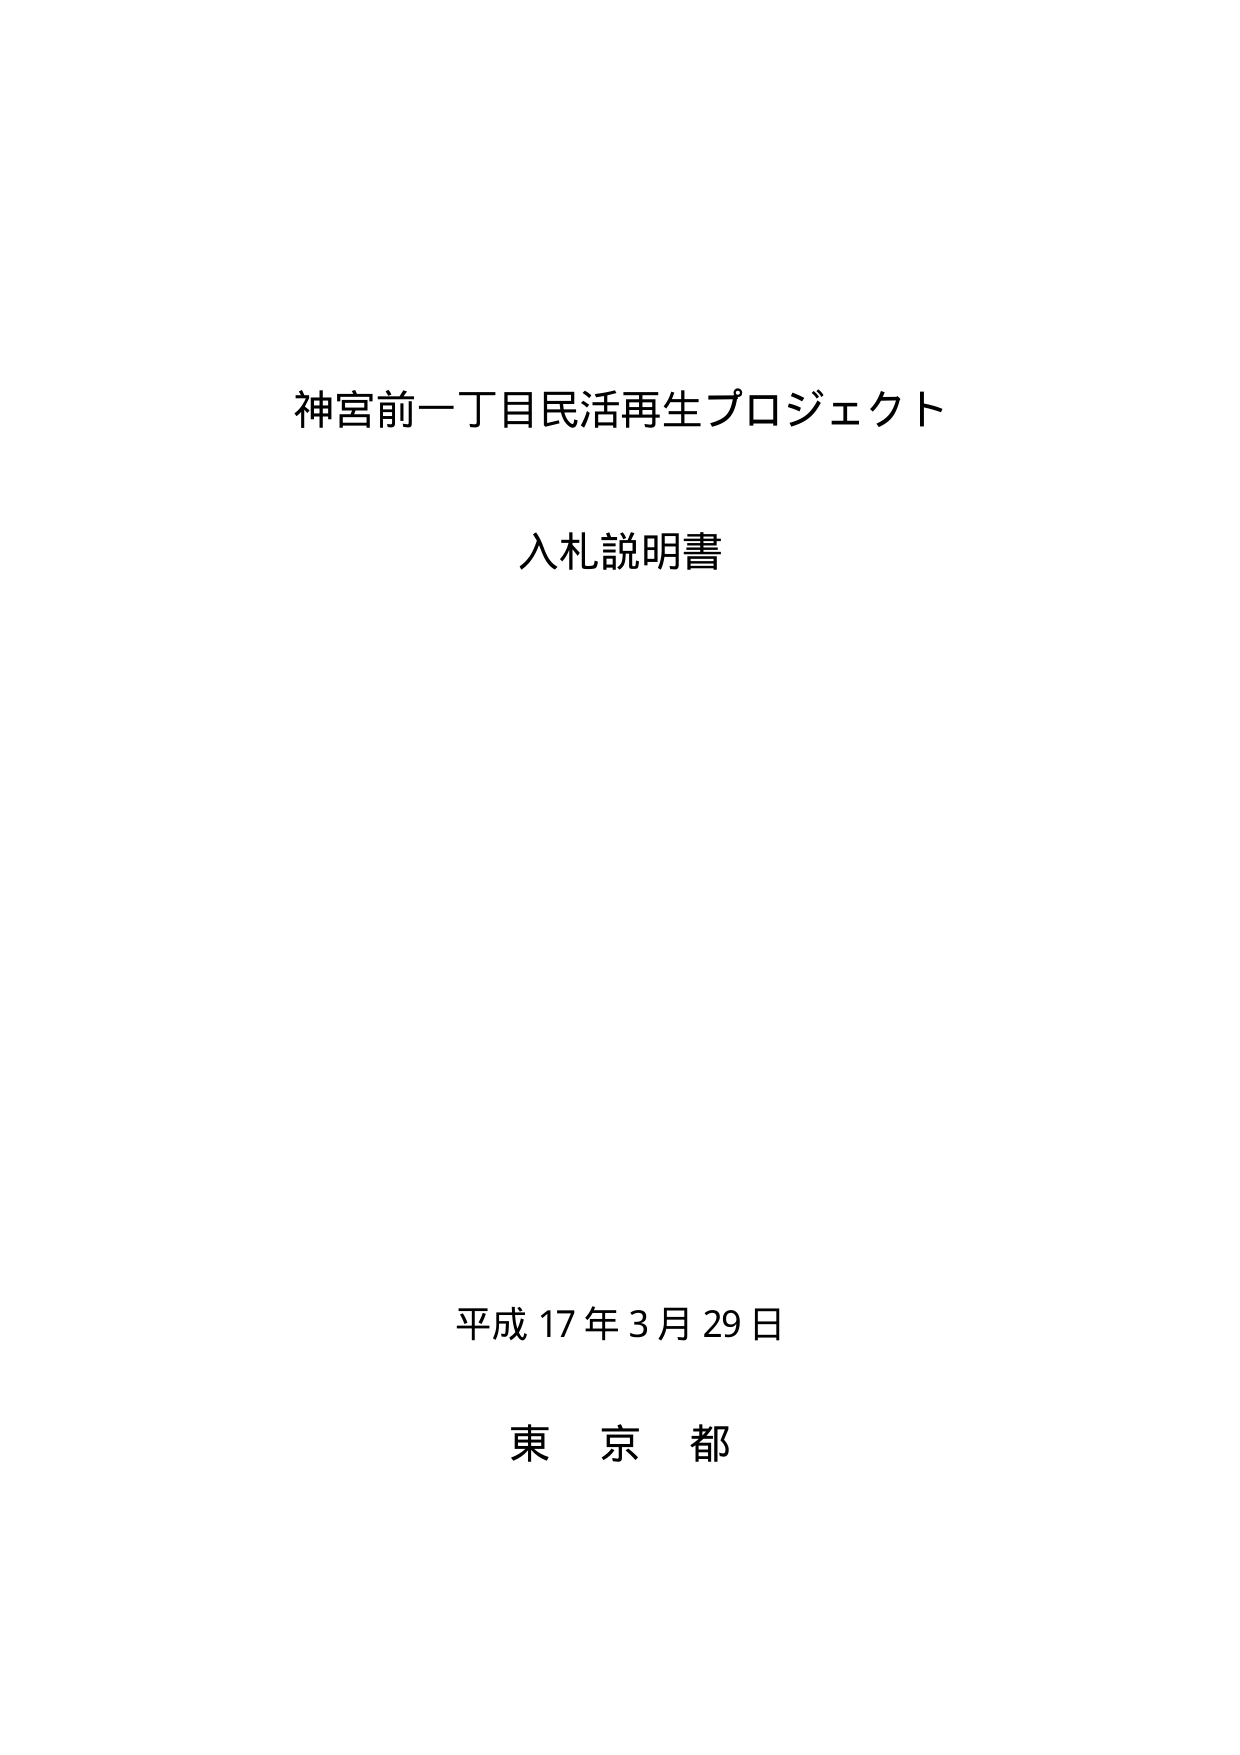
神宮前一丁目民活再生プロジェクト
入札説明書

平成17年3月29日
東京都